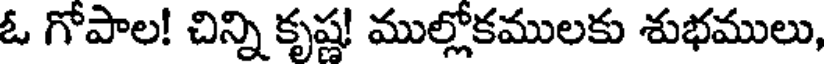
ఓ గోపాల! చిన్ని కృష్ణ! ముల్లోకములకు శుభములు,